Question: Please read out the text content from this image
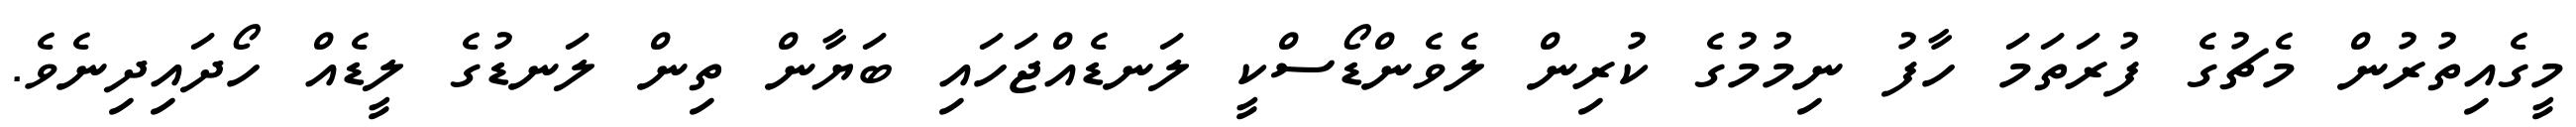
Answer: މީގެއިތުރުން މެޗުގެ ފުރަތަމަ ހާފު ނިމުމުގެ ކުރިން ލެވެންޑޯސްކީ ލަނޑެއްޖަހައި ބަޔާން ތިން ލަނޑުގެ ލީޑެއް ހޯދައިދިނެވެ.